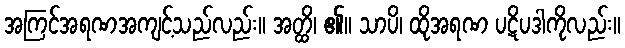
အကြင်အရဏအကျင့်သည်လည်း။ အတ္ထိ၊ ၏။ သာပိ၊ ထိုအရဏ ပဋိပဒါကိုလည်း။